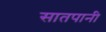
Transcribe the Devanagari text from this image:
सातपानी